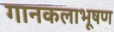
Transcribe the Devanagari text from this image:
गानकलाभूषण